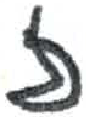
אות: ז